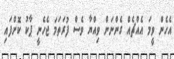
އެހެން ވީމަ އެއްޗެއް ގެންނަން ވިއްޔާ ވެސް ފުރަތަމަ ޖެހެނީ ޕާކު ކޮށްފައި